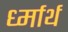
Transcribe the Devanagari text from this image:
र्ध्मार्थ